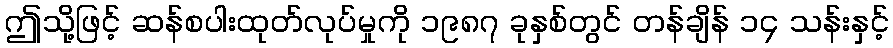
ဤသို့ဖြင့် ဆန်စပါးထုတ်လုပ်မှုကို ၁၉၈၇ ခုနှစ်တွင် တန်ချိန် ၁၄ သန်းနှင့်